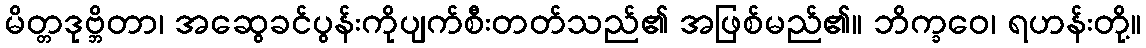
မိတ္တဒုဗ္ဘိတာ၊ အဆွေခင်ပွန်းကိုပျက်စီးတတ်သည်၏ အဖြစ်မည်၏။ ဘိက္ခဝေ၊ ရဟန်းတို့။